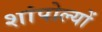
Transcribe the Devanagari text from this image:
शांपोल्यों